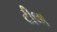
ટીલા